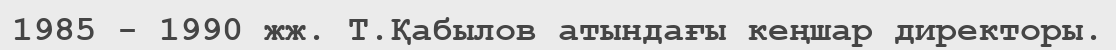
1985 - 1990 жж. Т.Қабылов атындағы кеңшар директоры.